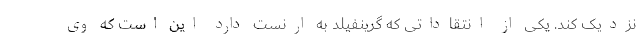
نزدیک کند. یکی از انتقاداتی که گرینفیلد به ارنست دارد این است که وی